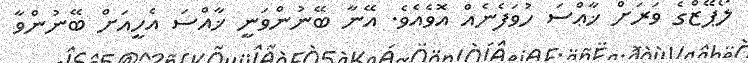
ލޯޕޭޒްގެ ވަރަށް ޚާޢްސަ ހުވަފެނެއް އޮވެއެވެ. އޭނާ ބޭނުންވަނީ ޚާއްސަ އެހީއަށް ބޭނުންވާ